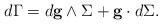
LaTeX: \begin{align*}d\Gamma=d{\bf g}\wedge\Sigma+{\bf g}\cdot d\Sigma.\end{align*}